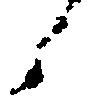
候